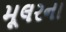
મૂલરના